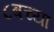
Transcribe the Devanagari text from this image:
८बच्या